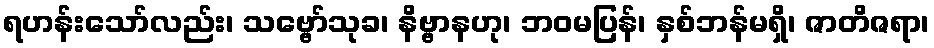
ရဟန်းသော်လည်း၊ သဗ္ဗော်သုခ၊ နိဗ္ဗာနဟု၊ ဘဝမပြန်၊ နှစ်ဘန်မရှိ၊ ဇာတိဇရာ၊